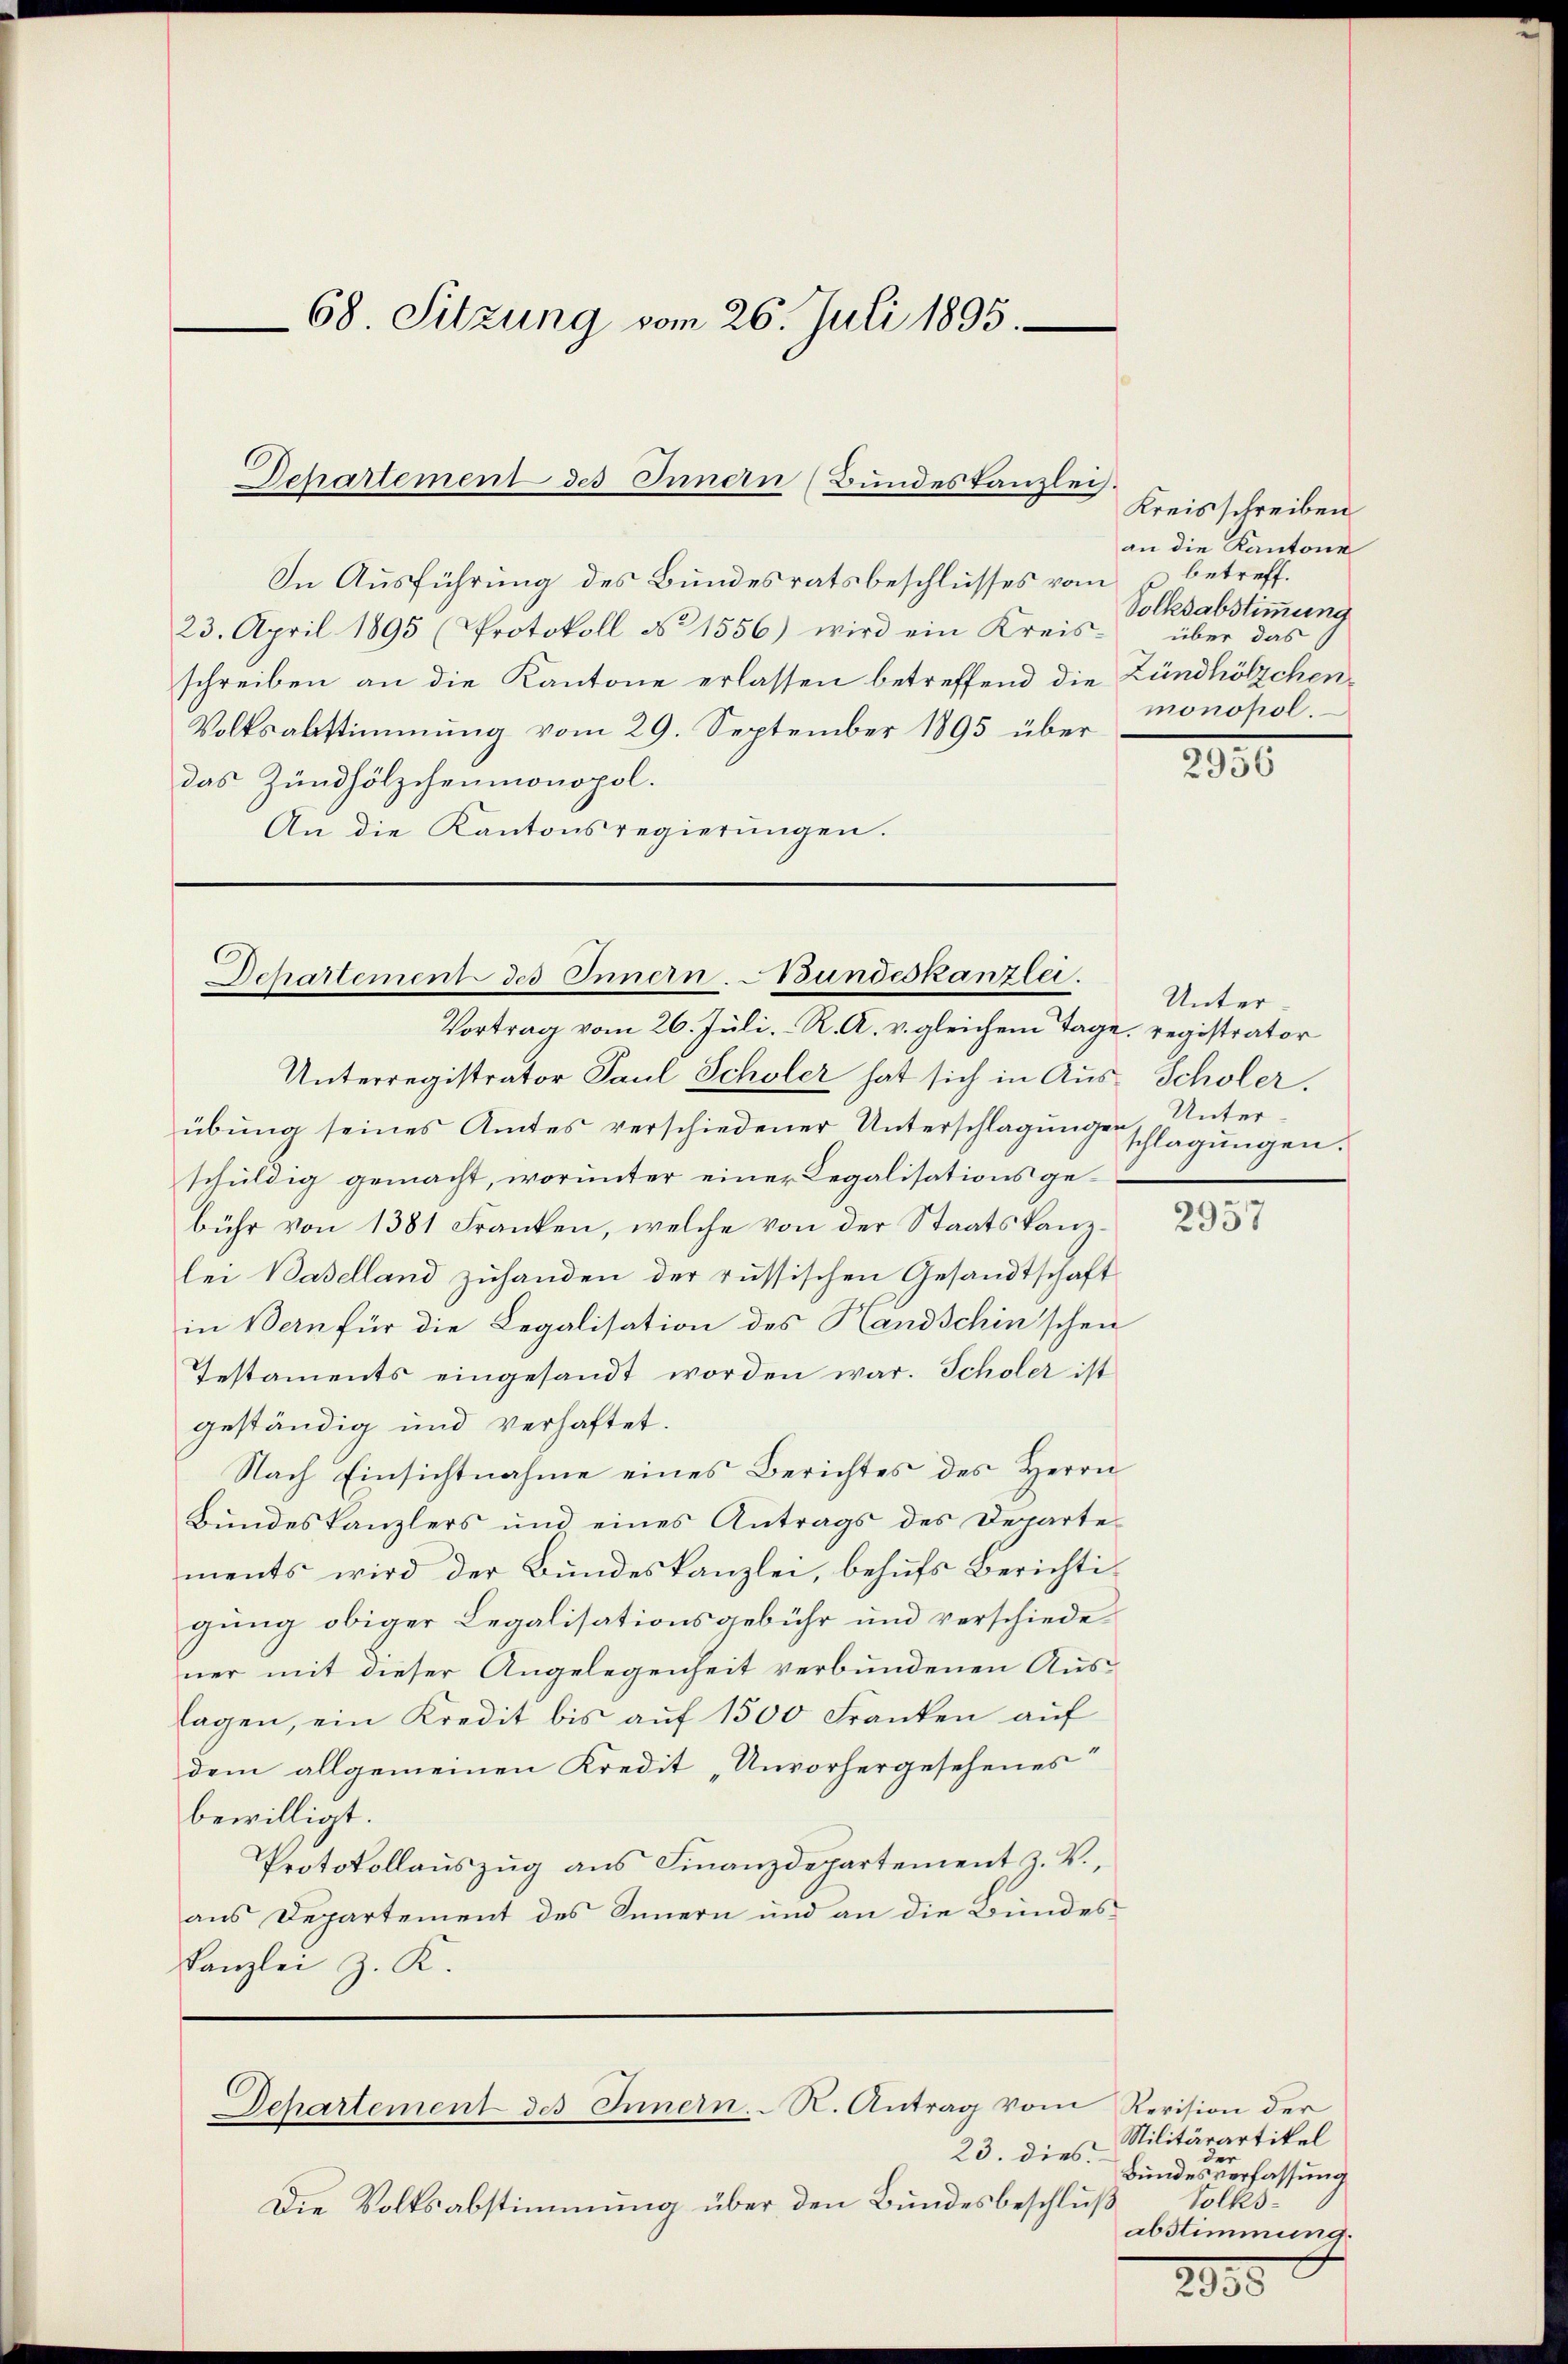
68. Sitzung vom 26. Juli 1895.

In Ausführung des Bundesratsbeschlusses vom 2 betreff¬
23. April 1895 (Protokoll No 1556) wird ein Kreisschreiben an die Kantone erlassen betreffend die Zündhölzchen¬
Volksabstimmung vom 29. September 1895 über
2956
das Zündhölzchenmonopol.
An die Kantonsregierungen.

Departement des Innern (Bundeskanzlei.

Dchartement des Innern. Bundeskanzlei.

Vortrag vom 26. Juli. R. A. v. gleichem Tage, registrator
Unterregistrator Paul Scholer hat sich in Aus- Scholer.
übŭng seines Amtes verschiedener Unterschlagungen Unter-
schuldig gemacht, worunter einer Legalisationsgebühr von 1381 Franken, welche von der Staatskanzlei Baselland zuhanden der russischen Gesandtschaft
in Bern für die Legalisation des Handschinschen
Testaments eingesandt worden war. Scholer ist
geständig und verhaftet.
Nach Einsichtnahme eines Berichtes des Herrn
Bundeskanzlers und eines Antrags des Departe
ments wird der Bundeskanzlei, behufs Berichtigung obiger Legalisationsgebühr und verschiedener mit dieser Angelegenheit verbundenen Auslagen, ein Kredit bis aŭf 1500 Franken aŭf
dem allgemeinen Kredit „Unvorhergesehenes
bewilligt.
Protokollaŭszŭg ans Finanzdepartement z. V.,
aus Departement des Innern und an die Bundes¬
Kanzlei z. K.

Departement des Innern. R. Antrag vom Revision der

23. dies
Die Volksabstimmung über den Bundesbeschluß

Kreisschreiben
an die Kantone
Volksabstimmung
über das
monopol.

Unter
schlagungen.

2957

Nilitärartikel
der
Bundesverfassung
Volksabstimmung.

2035